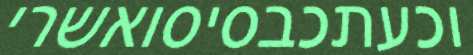
וכעתכבסיסואשרי